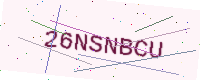
Text: 26NSNBCU